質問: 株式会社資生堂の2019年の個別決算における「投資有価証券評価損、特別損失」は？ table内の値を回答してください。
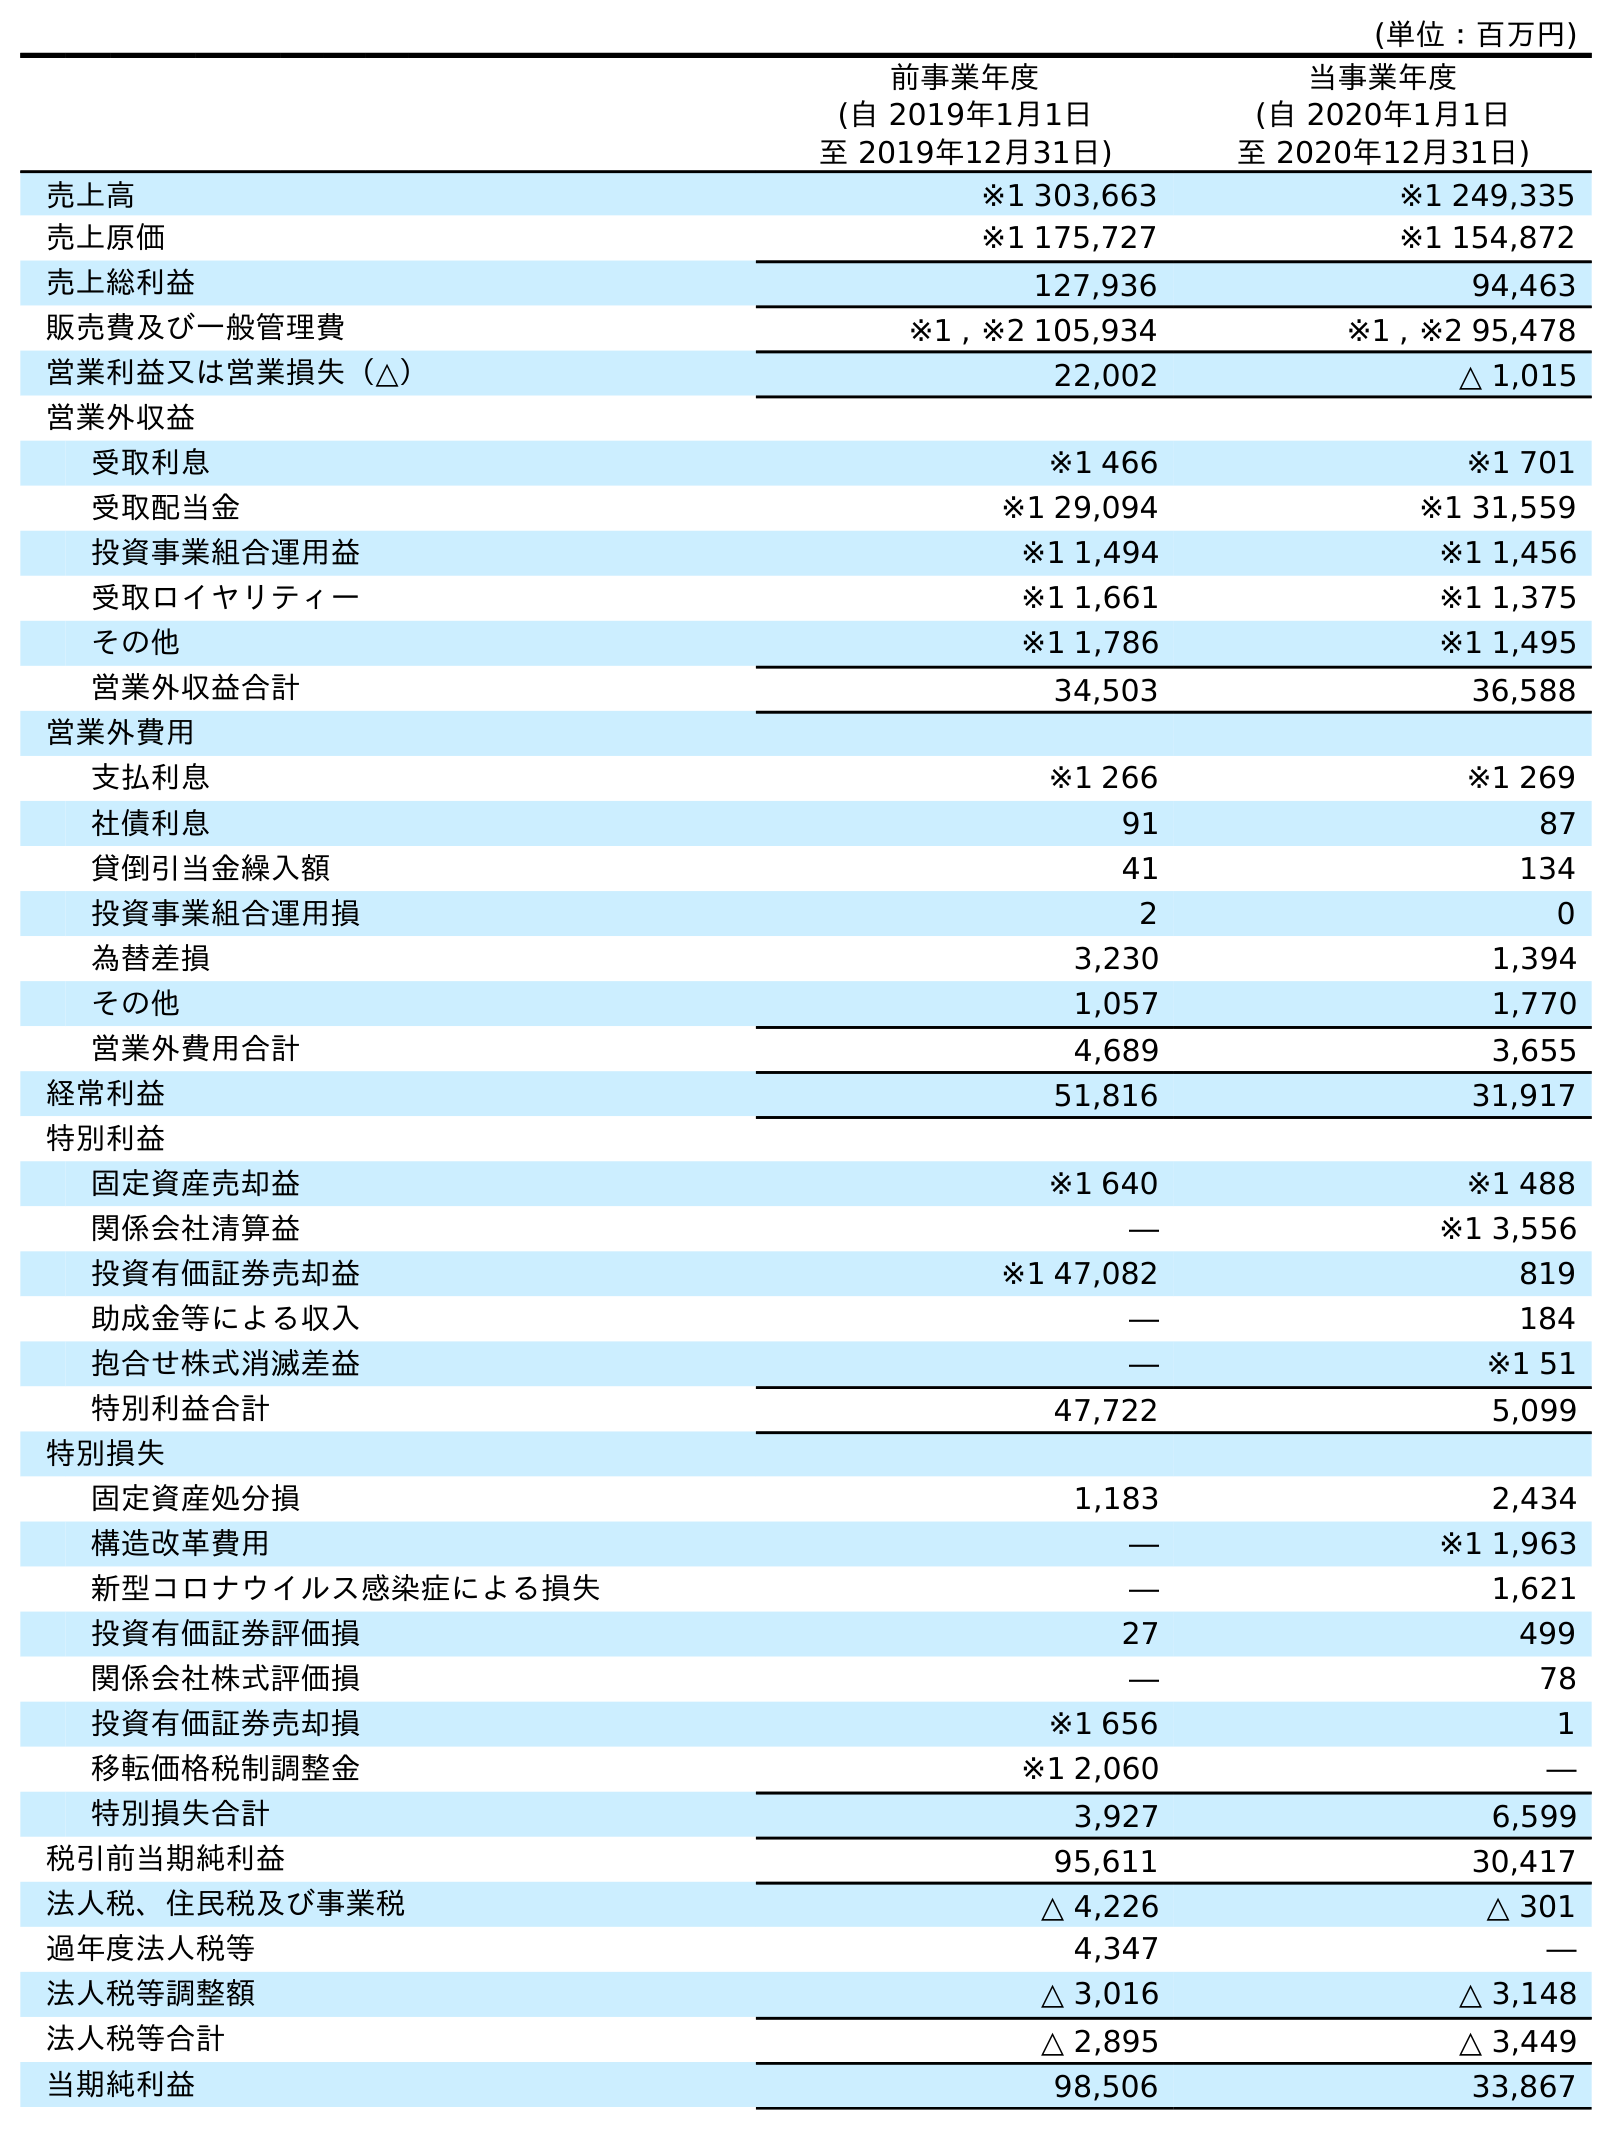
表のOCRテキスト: (単位：百万円) 前事業年度 (自 2019年1月1日 至 2019年12月31日) 当事業年度 (自 2020年1月1日 至 2020年12月31日) 売上高 ※1 303,663 ※1 249,335 売上原価 ※1 175,727 ※1 154,872 売上総利益 127,936 94,463 販売費及び一般管理費 ※1 , ※2 105,934 ※1 , ※2 95,478 営業利益又は営業損失（△） 22,002 △ 1,015 営業外収益 受取利息 ※1 466 ※1 701 受取配当金 ※1 29,094 ※1 31,559 投資事業組合運用益 ※1 1,494 ※1 1,456 受取ロイヤリティー ※1 1,661 ※1 1,375 その他 ※1 1,786 ※1 1,495 営業外収益合計 34,503 36,588 営業外費用 支払利息 ※1 266 ※1 269 社債利息 91 87 貸倒引当金繰入額 41 134 投資事業組合運用損 2 0 為替差損 3,230 1,394 その他 1,057 1,770 営業外費用合計 4,689 3,655 経常利益 51,816 31,917 特別利益 固定資産売却益 ※1 640 ※1 488 関係会社清算益 ― ※1 3,556 投資有価証券売却益 ※1 47,082 819 助成金等による収入 ― 184 抱合せ株式消滅差益 ― ※1 51 特別利益合計 47,722 5,099 特別損失 固定資産処分損 1,183 2,434 構造改革費用 ― ※1 1,963 新型コロナウイルス感染症による損失 ― 1,621 投資有価証券評価損 27 499 関係会社株式評価損 ― 78 投資有価証券売却損 ※1 656 1 移転価格税制調整金 ※1 2,060 ― 特別損失合計 3,927 6,599 税引前当期純利益 95,611 30,417 法人税、住民税及び事業税 △ 4,226 △ 301 過年度法人税等 4,347 ― 法人税等調整額 △ 3,016 △ 3,148 法人税等合計 △ 2,895 △ 3,449 当期純利益 98,506 33,867
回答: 27